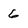
Character: 6